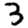
Digit: 3